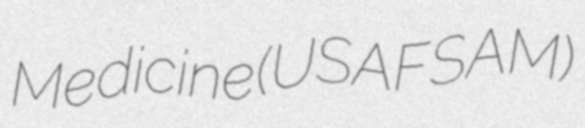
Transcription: Medicine (USAFSAM)